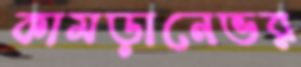
কামড়ানেভর